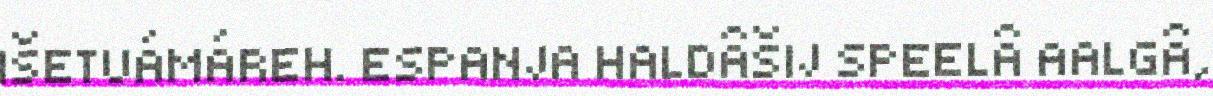
IŠETUÁMÁREH. ESPANJA HALDÂŠIJ SPEELÂ AALGÂ,